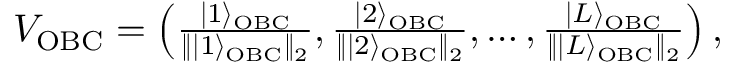
\begin{array} { r } { V _ { \mathrm { O B C } } = \left( \frac { | 1 \rangle _ { \mathrm { O B C } } } { \| | 1 \rangle _ { \mathrm { O B C } } \| _ { 2 } } , \frac { | 2 \rangle _ { \mathrm { O B C } } } { \| | 2 \rangle _ { \mathrm { O B C } } \| _ { 2 } } , \dots , \frac { | L \rangle _ { \mathrm { O B C } } } { \| | L \rangle _ { \mathrm { O B C } } \| _ { 2 } } \right) , } \end{array}